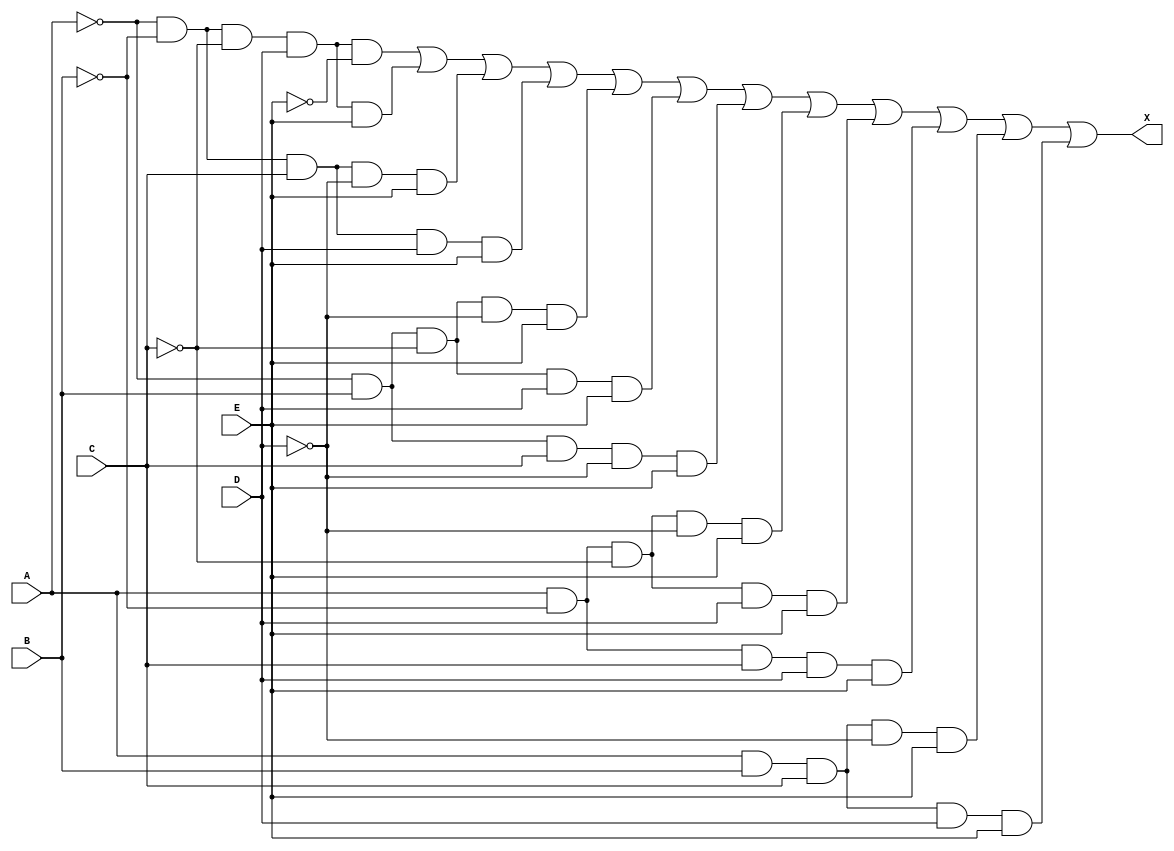
module Problem4(
    input A,
    input B,
    input C,
    input D,
    input E,
    output X
    );
    
    assign X = (~A & ~B & ~C & D & ~E) | (~A & ~B & ~C & D & E) | (~A & ~B & C & ~D & E) | (~A & ~B & C & D & E) | (~A & B & ~C & ~D & E) | (~A & B & ~C & D & E) | (~A & B & C & ~D & E) | (A & ~B & ~C & ~D & E) |(A & ~B & ~C & D & E) | (A & ~B & C & D & E) | (A & B & C & ~D & E) | (A & B & C & D & E);
//              00010                     00011                    00101                    00111                   01001                    01011                   01101                   10001                   10011                   10111                  11101                  11111                                                                                                               
    
endmodule